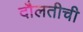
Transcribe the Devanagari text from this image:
दौलतीची